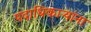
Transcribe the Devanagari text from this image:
पदाधिकाऱ्यांना